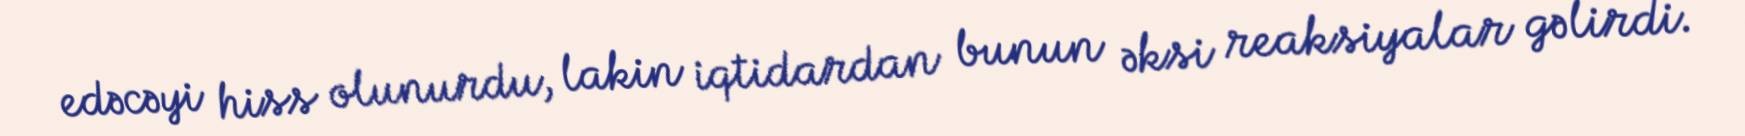
edəcəyi hiss olunurdu, lakin iqtidardan bunun əksi reaksiyalar gəlirdi.